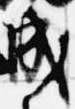
成